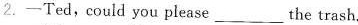
2.——Ted, could you please___the trash.